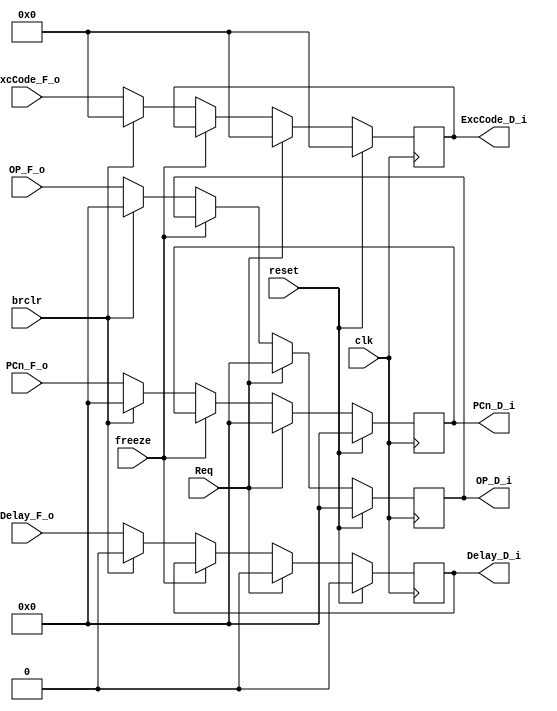
`timescale 1ns / 1ps
//////////////////////////////////////////////////////////////////////////////////
// Company: 
// Engineer: 
// 
// Design Name: 
// Module Name:    D 
// Project Name: 
// Target Devices: 
// Tool versions: 
// Description: 
//
// Dependencies: 
//
// Revision: 
// Revision 0.01 - File Created
// Additional Comments: 
//
//////////////////////////////////////////////////////////////////////////////////
module D(
    input clk,
    input reset,
	 input Req,
	 input freeze,
    input [31:0] OP_F_o,
    input [31:0] PCn_F_o,
	 input brclr,
	 input Delay_F_o,//from Ctrl_D
	 input [4:0] ExcCode_F_o,
    output [31:0] OP_D_i,
    output [31:0] PCn_D_i,
    output Delay_D_i,
    output [4:0] ExcCode_D_i	 
    );
reg [31:0] r_OP;
reg [31:0] r_PCn;
reg Delay;
reg [4:0] ExcCode;
always @(posedge clk)begin
      if(reset) begin
		      r_OP<=0;
				r_PCn<=0;
				Delay<=0;
				ExcCode<=0;
		end
		else if(Req)begin
		      r_OP<=0;
				r_PCn<=0;
				Delay<=0;
				ExcCode<=0;
		end
		else if(freeze) begin
		      r_OP<=r_OP;
				r_PCn<=r_PCn;
				Delay<=Delay;
				ExcCode<=ExcCode;
		end
		else if(brclr) begin
		      r_OP<=0;
				r_PCn<=0;
				Delay<=0;
				ExcCode<=0;
		end
		else begin
		      r_OP<=OP_F_o;
				r_PCn<=PCn_F_o;
				Delay<=Delay_F_o;
				ExcCode<=ExcCode_F_o;
		end
end

assign OP_D_i=r_OP;
assign PCn_D_i=r_PCn;
assign Delay_D_i=Delay;
assign ExcCode_D_i=ExcCode;
endmodule